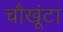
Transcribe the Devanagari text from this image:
चौखूंटा